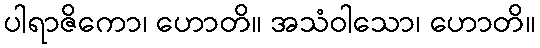
ပါရာဇိကော၊ ဟောတိ။ အသံဝါသော၊ ဟောတိ။